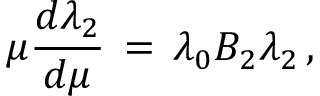
\mu { \frac { d \lambda _ { 2 } } { d \mu } } \, = \, \lambda _ { 0 } B _ { 2 } \lambda _ { 2 } \, ,